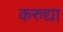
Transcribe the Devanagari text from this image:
करुद्या